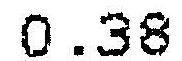
0.38